Report on vaccination in the Province of Bengal - 1874-1889
Year: 1874
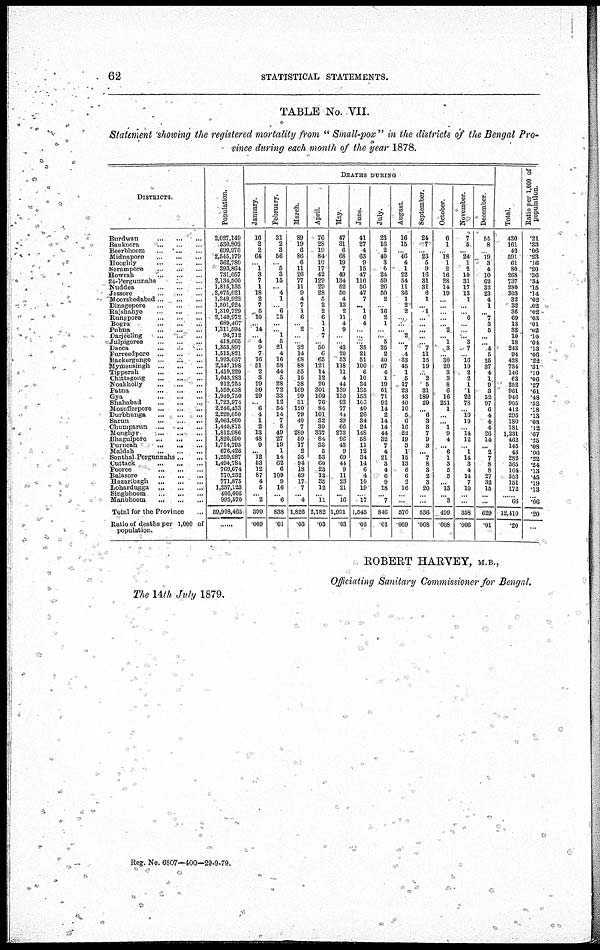
62
STATISTICAL STATEMENTS.
TABLE No. VII.
Statement showing the registered mortality from " Small-pox " in the districts of the Bengal Pro¬
vince during each month of the year 1878.
DISTRICTS.
Burdwan
...
...
...
Bankoora
...
...
...
Beerbhoom
...
...
...
Midnapore
...
...
...
Hooghly
...
...
...
Serampore
...
...
...
Howrah
...
...
...
24-Pergunnahs
...
...
Nuddea
...
...
...
Jessore
...
...
...
Moorshedabad ... ... ...
Dinagepore
...
...
...
Ra]shahye
...
...
...
Rungpore
...
...
...
Bogra ... ... ...
Pubna
...
...
...
Darjeeling ... ... ...
Julpigoree
...
...
...
Dacca
...
...
...
Furreedpore
...
...
...
Backergunge
...
...
...
Mymensingh
...
...
...
Tipperah
...
...
...
Chittagong
...
...
...
Noakholly
...
...
...
Patna
...
...
...
Gya
...
...
...
Shahabad
...
...
...
Mozufferpore
...
...
...
Durbhunga
...
...
...
Sarun
...
...
...
Chumparun
...
...
...
Monghyr
...
...
...
Bhagulpore
...
...
...
Purneah ... ... ...
Maldah
...
...
...
Sonthal-Pergunnahs ... ...
Cuttack
...
...
...
Pooree
...
...
...
Balasore
...
...
...
Hazaribagh
...
...
...
Lohardugga
...
...
...
Singbhoom
...
...
...
Manbhoom
...
...
...
Total for the Province ...
Ratio of deaths per 1,000 of
population.
Population.
2,027,149
530,802
609,976
2,645,179
362,780
393,864
731,057
2,134,500
1,815,185
2,075,021
1,349,922
1,501,924
1,310,729
2,149,972
689,467
1,211,594
94,712
418,665
1,853,897
1,515,821
1,923,037
2,347,198
1,419,229
1,043,283
912,755
1,559,638
1,949,750
1,723,974
2,246,433
2,220,650
2,063,860
1,440,815
1,812,986
1,826,290
1,714,795
676,426
1,259,287
1,494,784
769,674
770,232
771,875
1,237,123
406,605
995,570
59,998,465
......
DEATHS DURING
January.
16
2
2
64
...
1
3
7
1
18
2
7
5
10
... 14
... 4
9
7
16
51
2
3
29
30
29
... 6
4
1
2
13
48
9
... 12
53
12
87
4
5
... 2
590
.009
February.
31
2
3
56
...
5
3
15
... 4
1
...
6
15
...
... 1
5
21
4
16
58
44
5
28
72
33
12
54
14
7
5
49
27
19
1
14
62
6
109
9
16
... 6
838
.01
March.
89
19
6
86
6
11
26
77
11
9
4
7
1
6
... 2
...
...
32
14
68
88
55
15
38
169
99
31
120
79
40
7
289
59
17
2
35
94
18
69
17
7
... 4
1,826
.03
April.
76
28
19
84
10
17
42
129
29
28
5
2
2
6
1
1
7
...
50
6
65
121
14
12
20
301
109
76
84
101
82
39
337
84
33
5
53
60
23
13
35
12
... 11
2,182
.03
May.
47
31
6
68
19
7
49
134
52
50
4
13
2
11
4
9
...
...
43
20
53
118
11
4
44
139
180
93
77
44
29
66
273
96
43
9
69
44
9
11
23
21
... 16
1,991
.03
June.
41
27
4
63
9
15
47
110
56
47
7
...
1
6
4
...
...
... 35
21
51
100
6
10
34
135
153
163
40
26
34
24
148
58
11
12
34
14
6
4
10
19
...
17
1,545
.02
July.
23
16
2
40
3
6
24
59
26
50
2
...
l6
2
1
...
... 5
25
2
40
67
4
1
19
51
71
92
14
2
14
14
44
32
7
4
21
3
4
6
9
18
...
7
846
.01
August.
16
15
... 46
4
1
22
54
11
36
1
2
2
...
...
... 2
... 7
4
33
45
1
5
17
23
43
40
10
5
6
16
22
19
3
1
15
13
6
6
2
16
...
...
570
.009
September.
24
7
... 23
5
9
16
31
31
6
1
...
1
...
...
...
...
... 7
11
15
19
...
2
5
31
189
29
...
6
3
3
7
9
3
...
7
8
3
2
3
20
...
...
536
.008
October.
6
1
...
18
1
2
16
28
14
19
...
...
...
...
... 2
...
1
3
...
30
20
3
3
8
6
16
251
1
...
... 1
9
4
... 6
1
3
5
5
... 13
... 3
499
.008
November.
7
5
... 24
1
2
10
31
17
13
1
...
... 6
...
...
... 3
7
... 16
10
2
2
1
1
22
78
... 10
10
... 14
12
...
1
14
3
4
14
7
10
...
...
358
.006
December.
54
8
... 19
3
4
10
62
32
23
4
1
...
7
3
5
...
... 4
5
25
37
4
1
9
3
52
97
6
4
4
4
26
14
...
2
7
8
8
27
32
15
... ...
629
.01
Total.
430
161
42
591
61
80
268
737
280
303
82
32
36
69
13
33
10
18
243
94
428
734
146
63
252
961
946
905
412
295
180
181
1,231
462
145
43
282
365
104
353
151
172
......
66
12,410
.20
Ratio per 1,000 of
population.
.21
.33
.06
.23
.16
.20
.36
.34
.15
.14
.02
.02
.02
.03
.01
.02
.10
.04
.13
.06
.22
.31
.10
.06
.27
.61
.48
.52
.18
.13
.08
.12
.67
.25
.08
.06
.22
.24
.13
.45
.19
.13
...
.06
.20
...
ROBERT HARVEY, M.B.,
Officiating Sanitary Commissioner for Bengal.
The 14th July 1879.
Reg. No. 6807—400—29-9-79.